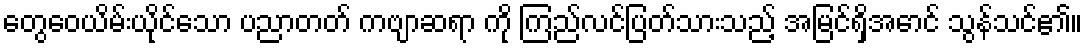
တွေဝေယိမ်းယိုင်သော ပညာတတ် ကဗျာဆရာ ကို ကြည်လင်ပြတ်သားသည့် အမြင်ရှိအောင် သွန်သင်၏။